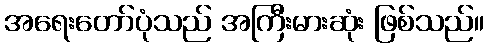
အရေးတော်ပုံသည် အကြီးမားဆုံး ဖြစ်သည်။